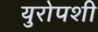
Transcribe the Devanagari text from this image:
युरोपशी